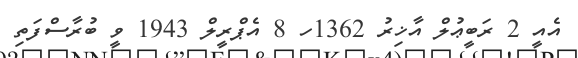
އެއީ 2 ރަބީޢުލް އާޚިރު 1362ހ 8 އެޕްރީލް 1943 ވީ ބުރާސްފަތި